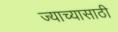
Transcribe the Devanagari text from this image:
ज्याच्यासाठी